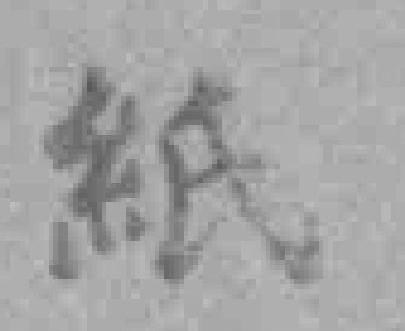
紙